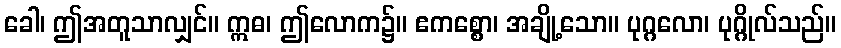
ခေါ၊ ဤအတူသာလျှင်။ ဣဓ၊ ဤလောက၌။ ဧကစ္စော၊ အချို့သော။ ပုဂ္ဂလော၊ ပုဂ္ဂိုလ်သည်။